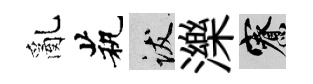
亂茕跋濼寮